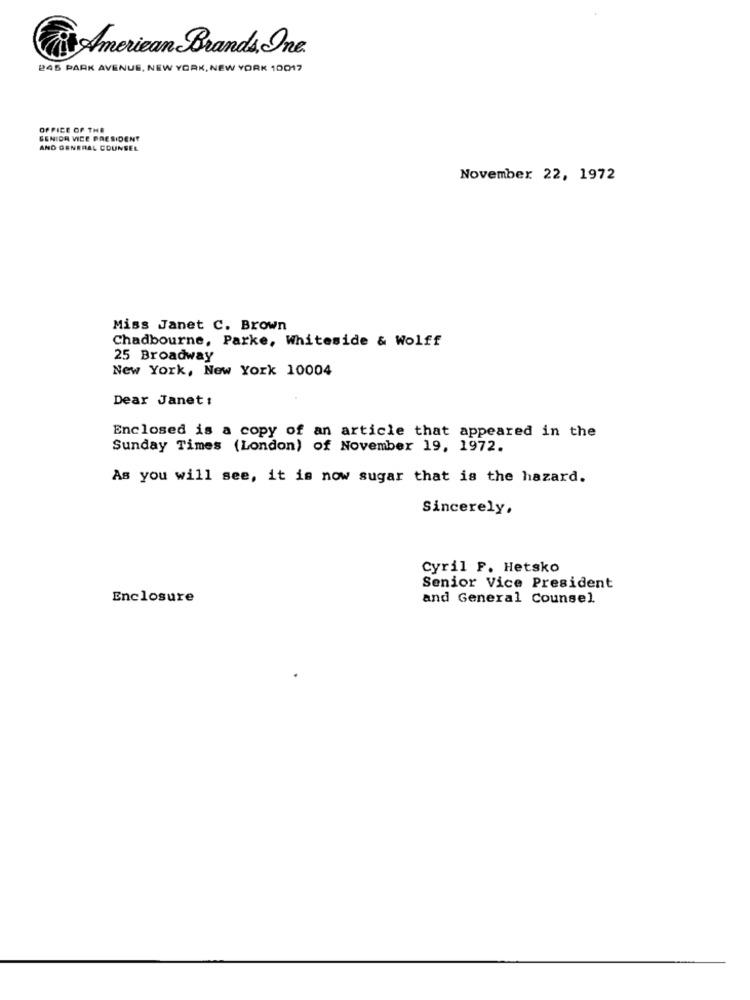
American Brands One.
245 PARK AVENUE, NEW YORK, NEW YORK 10017
OFFICE OF THE
SENIOR VICE PRESIDENT
AND GENERAL COUNSEL
November 22, 1972
Miss Janet C. Brown
Chadbourne, Parke, Whiteside & Wolff
25 Broadway
New York, New York 10004
Dear Janet:
Enclosed is a copy of an article that appeared in the
Sunday Times (London) of November 19, 1972.
As you will see, it is now sugar that is the hazard.
Sincerely.
Cyril F. Hetsko
Senior Vice President
Enclosure
and General Counsel